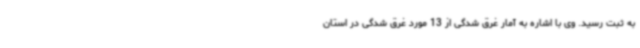
به ثبت رسید. وی با اشاره به آمار غرق شدگی از 13 مورد غرق شدگی در استان